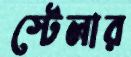
স্টেলার